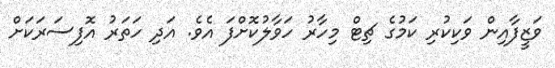
ވަޒީފާއިން ވަކިކުރި ކަމުގެ ޗިޓް މިހާރު ހަވާލުކޮށްފަ އެވެ. އަދި ހަތަރު އޮފިސަރަކަށް